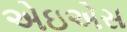
એઇએસ